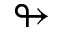
\looparrowright